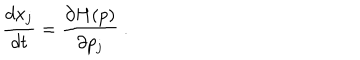
\frac { d x _ { j } } { d t } = \frac { \partial H ( p ) } { \partial p _ { j } } ~ .